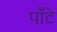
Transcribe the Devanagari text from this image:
पाँटे